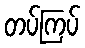
တပ်ကြပ်